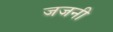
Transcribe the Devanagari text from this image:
जजनी